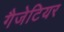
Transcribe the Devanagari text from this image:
गैजेटियर